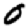
Digit: 0